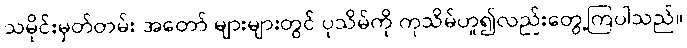
သမိုင်းမှတ်တမ်း အတော် များများတွင် ပုသိမ်ကို ကုသိမ်ဟူ၍လည်းတွေ့ကြပါသည်။